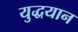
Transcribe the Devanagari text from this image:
युद्धयान